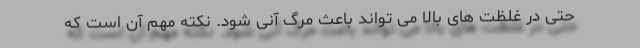
حتی در غلظت های بالا می تواند باعث مرگ آنی شود. نکته مهم آن است که